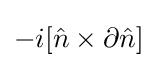
-i[{\hat {n}}\times \partial {\hat {n}}]